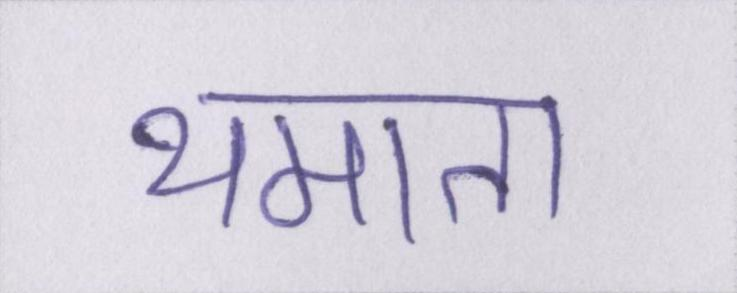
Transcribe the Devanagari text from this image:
थमाता